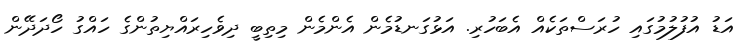
އަޑު އުފުލުމުގައި ހުރަސްތަކެއް އެބަހުރި. އަޅުގަނޑުމެން އެންމެން މިތިބީ ދިވެހިރައްޔިތުންގެ ހައްގު ހޯދަދޭން